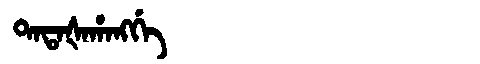
Manchu: ᡨᠠᡨᠠᡧᠠᡥᠠᠩᡤᡝ
Romanization: TATAŠAHANGGE